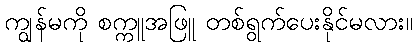
ကျွန်မကို စက္ကူအဖြူ တစ်ရွက်ပေးနိုင်မလား။